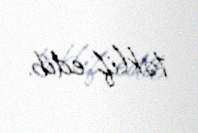
təklif edib.